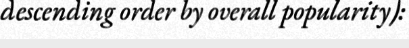
descending order by overall popularity):